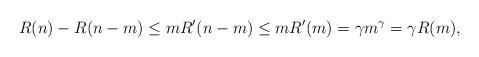
LaTeX: \begin{align*} R(n) - R(n-m)\leq m R'(n-m)\leq mR'(m)=\gamma m^{\gamma}=\gamma R(m),\end{align*}